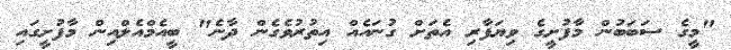
"މީގެ ސަބަބުން މާފުށީގެ ވިޔަފާރި އެތަށް ގުނައެއް އިތުރުވެގެން ދާނެ" ބީއެމްއެލްއިން މާފުށީގައި